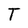
Character: T